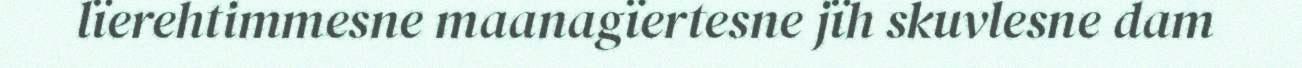
lïerehtimmesne maanagïertesne jïh skuvlesne dam